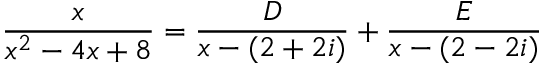
{ \frac { x } { x ^ { 2 } - 4 x + 8 } } = { \frac { D } { x - ( 2 + 2 i ) } } + { \frac { E } { x - ( 2 - 2 i ) } }